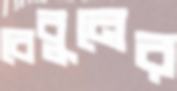
বেবুনের